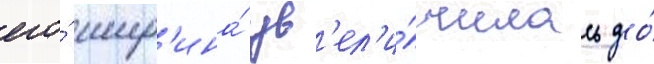
его́ шир'ина́ ув'ел'и́чилась до́